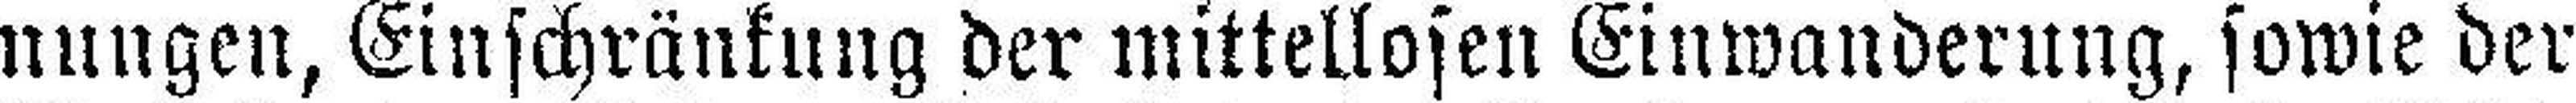
nungen, Einschränkung der mittellosen Einwanderung, sowie der